Vital statistics of India. Vol. VI, European troops 1870-79
Year: 1870
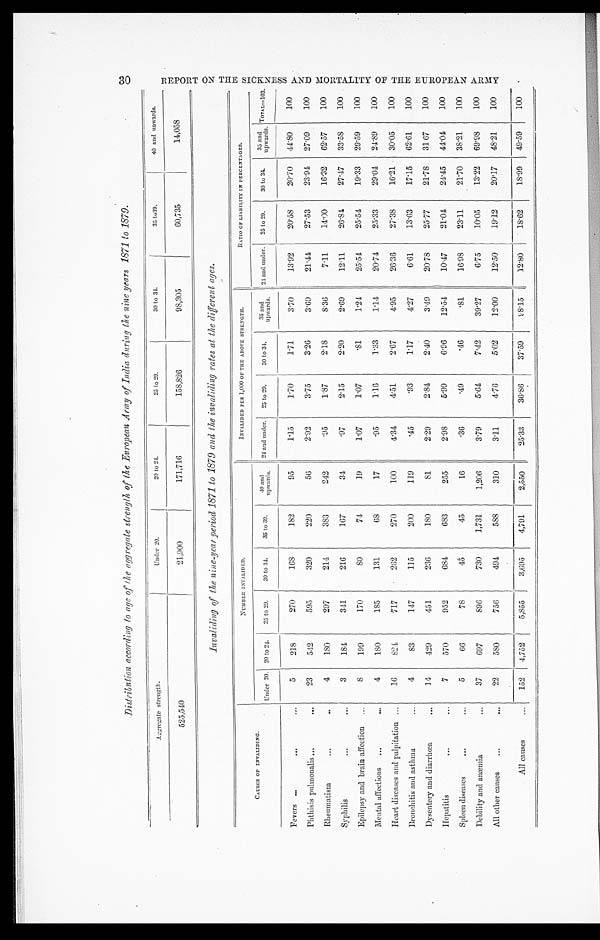
Distribution according to age of the aggregate strength of the European Army of India during the nine years 1871 to 1879.
Aggregate strength.
Under 20.
2 0 t o 2 4 .
25 to 29.
3 0 t o 3 4 .
3 5 t o 3 9 .
40 and upwards.
525,540
21,900
171,716
158,826
98,305
60,735
14,058
Invaliding of the nine-year period 1871 to 1879 and the invaliding rates at the diff erent ages.
CAUSES OF I NVALI DI NG.
NUMBER INVALIDED.
INVALIDED PER 1, 000 OF THE ABOVE STRENGTH.
RATIO OF LIABILITY IN PERCENTAGES.
Under 20. 20 to 24. 25 to 29. 30 to 34. 35 to 39.
40 and
upwards. 24 and under. 25 to 29. 30 to 34.
35 and
upwards. 24 and under. 25 to 29. 30 to 34. 35 and
upwards. TOTAL=103.
Fevers
5
218
270
168
182
95
1.15
1.70
1.71
3.70
13.92
20.58
20.70
44.80
100
Phthisis pulmonalis
23
542
595
320
220
56
2.92
3. 75
3.26
3.69
21.44
27.53
23.94
27.09
100
Rheumatism
4
180
297
214
383
242
.95
1.87
2.18
8.36
7.11
14.00
16. 32
62.57
100
Syphilis
3
184
341
216
167
34
.97
2.15
2.20
2.69
12.11
26.84
27.47 33.58
100
Epilepsy and brain affection
8
199
170
8 0
74
19
1. 07
1.07
.81
1.24
25.54
25.54
19.33 29.59
100
Mental affections
4
180
185
131
6 8
17
.95
1.16
1.33
1.14
20.74
25.33
29.04
24.89
100
Heart diseases and palpitation
16
824
717
262
270
100
4.34
4. 51
2.67
4.95
26.36
27.38
16. 21
30.05
100
Bronchitis and asthma
4
83
147
115
200
119
.45
.93
1.17
4.27
6.61
13.63
17.15 62.61 100
Dysentery and diarrhœa
14
429
451
236
180
81
2. 29
2.84
2.40
3.49
20.78
25.77
21.78 31.67
100
Hepatitis
7
570
952
684
683
255
2.98
5.99
6.96
12.54
10.47
21.04
24. 45
44.04
100
Spleen diseases
5
66
78
4 5
45
16
.36
.49
.46
.81
16.98
23.11
21. 70
38.21 100
Debility and anæmia
37
697
896
730
1,731
1,206
3.79
5.64
7.42
39.27
6.75
10.05
13.22 69.98
100
All other causes
22
580
756
494
588
310
3.11
4. 76
5.02
12.00
12.50
19.12
20.17 48.21
100
All causes
152 4,752
5,855
3,695
4,791
2,550
25.33
36.86
37.59
98.15
12.80
18.62 18. 99
49.59
100
3 0
R E P O R T O N T H E S I C K N E S S A N D M O R T A L I T Y O F T H E E U R O P E A N A R M Y